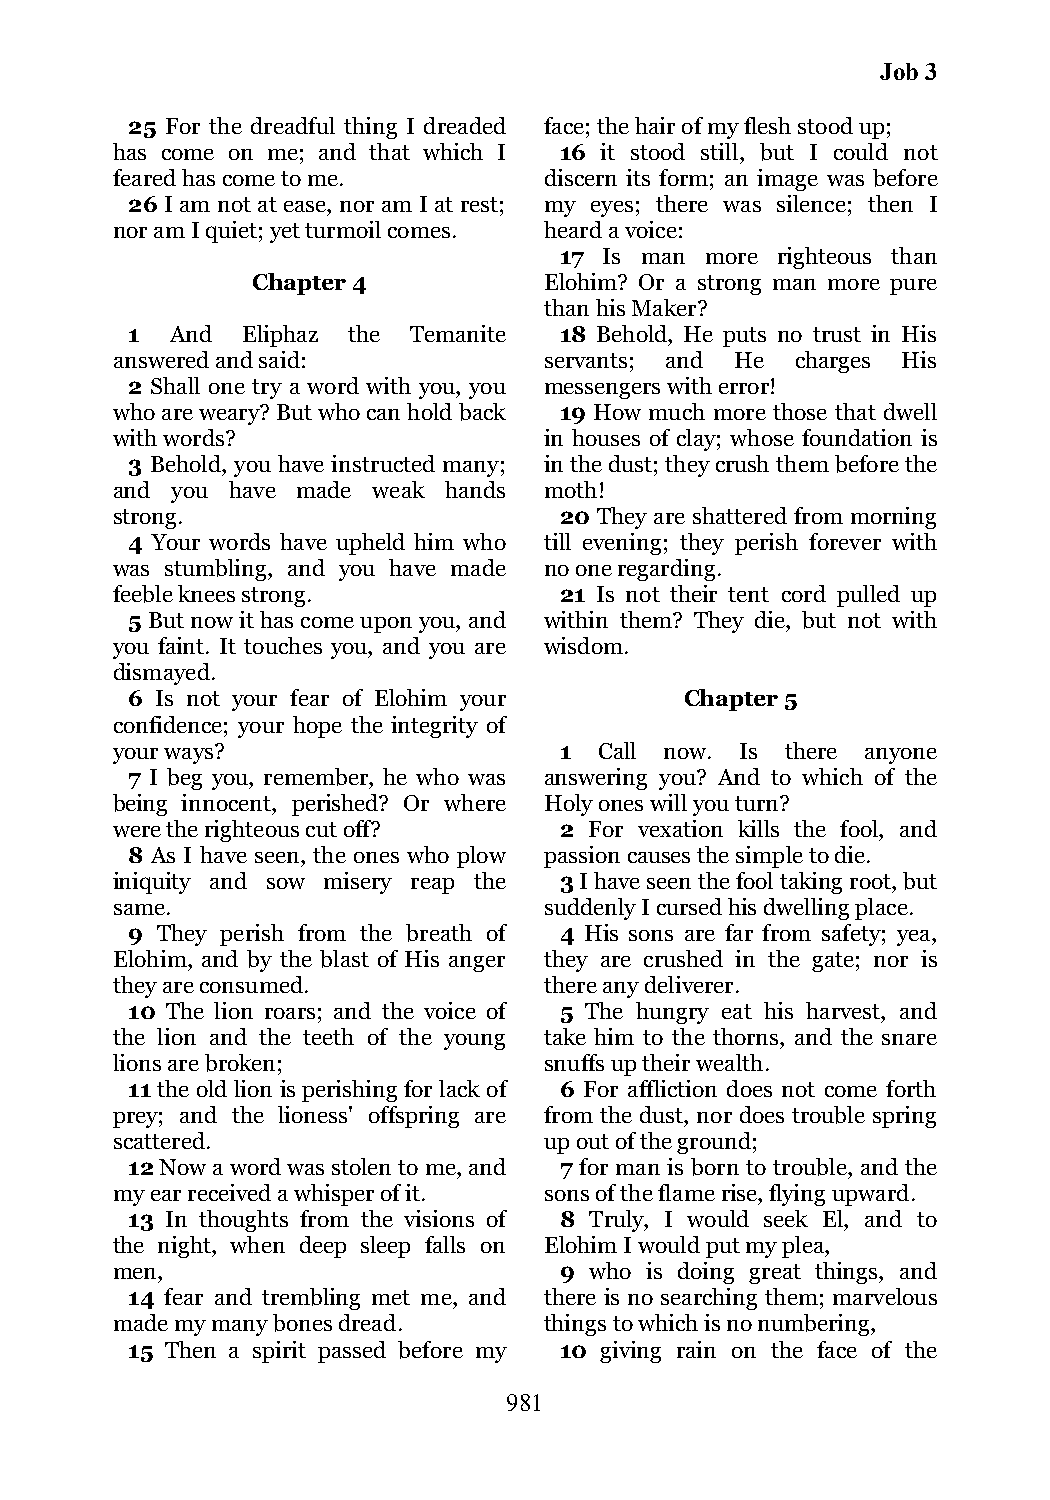
Job 3
 25 For the dreadful thing I dreaded face; the hair of my flesh stood up;
 has come on me; and that which I 16 it stood still, but I could not
 feared has come to me.       discern its form; an image was before
 26 I am not at ease, nor am I at rest; my eyes; there was silence; then I
 nor am I quiet; yet turmoil comes. heard a voice:
 17 Is man more righteous than
 Chapter 4          Elohim? Or a strong man more pure
 than his Maker?
 1  And  Eliphaz the Temanite 18 Behold, He puts no trust in His
 answered and said:           servants; and He charges His
 2 Shall one try a word with you, you messengers with error!
 who are weary? But who can hold back 19 How much more those that dwell
 with words?                  in houses of clay; whose foundation is
 3 Behold, you have instructed many; in the dust; they crush them before the
 and you have made weak hands moth!
 strong.                       20 They are shattered from morning
 4 Your words have upheld him who till evening; they perish forever with
 was stumbling, and you have made no one regarding.
 feeble knees strong.          21 Is not their tent cord pulled up
 5 But now it has come upon you, and within them? They die, but not with
 you faint. It touches you, and you are wisdom.
 dismayed.
 6 Is not your fear of Elohim your    Chapter 5
 confidence; your hope the integrity of
 your ways?                    1  Call now. Is there anyone
 7 I beg you, remember, he who was answering you? And to which of the
 being innocent, perished? Or where Holy ones will you turn?
 were the righteous cut off?   2 For vexation kills the fool, and
 8 As I have seen, the ones who plow passion causes the simple to die.
 iniquity and sow misery reap the 3 I have seen the fool taking root, but
 same.                        suddenly I cursed his dwelling place.
 9 They perish from the breath of 4 His sons are far from safety; yea,
 Elohim, and by the blast of His anger they are crushed in the gate; nor is
 they are consumed.           there any deliverer.
 10 The lion roars; and the voice of 5 The hungry eat his harvest, and
 the lion and the teeth of the young take him to the thorns, and the snare
 lions are broken;            snuffs up their wealth.
 11 the old lion is perishing for lack of 6 For affliction does not come forth
 prey; and the lioness' offspring are from the dust, nor does trouble spring
 scattered.                   up out of the ground;
 12 Now a word was stolen to me, and 7 for man is born to trouble, and the
 my ear received a whisper of it. sons of the flame rise, flying upward.
 13 In thoughts from the visions of 8 Truly, I would seek El, and to
 the night, when deep sleep falls on Elohim I would put my plea,
 men,                          9 who is doing great things, and
 14 fear and trembling met me, and there is no searching them; marvelous
 made my many bones dread.    things to which is no numbering,
 15 Then a spirit passed before my 10 giving rain on the face of the
 981